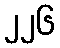
၂၂၆